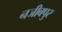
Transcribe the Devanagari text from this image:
नजीबपुर